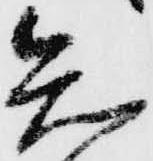
知